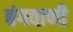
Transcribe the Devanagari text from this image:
बंगवाणी